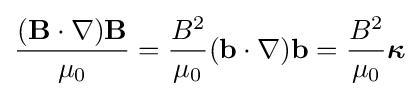
{(\mathbf {B} \cdot \nabla )\mathbf {B}  \over \mu _{0}}={\frac {B^{2}}{\mu _{0}}}(\mathbf {b} \cdot \nabla )\mathbf {b} ={\frac {B^{2}}{\mu _{0}}}{\boldsymbol {\kappa }}